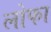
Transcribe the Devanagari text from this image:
लोफा